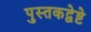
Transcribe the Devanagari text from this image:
पुस्तकद्वेष्टे